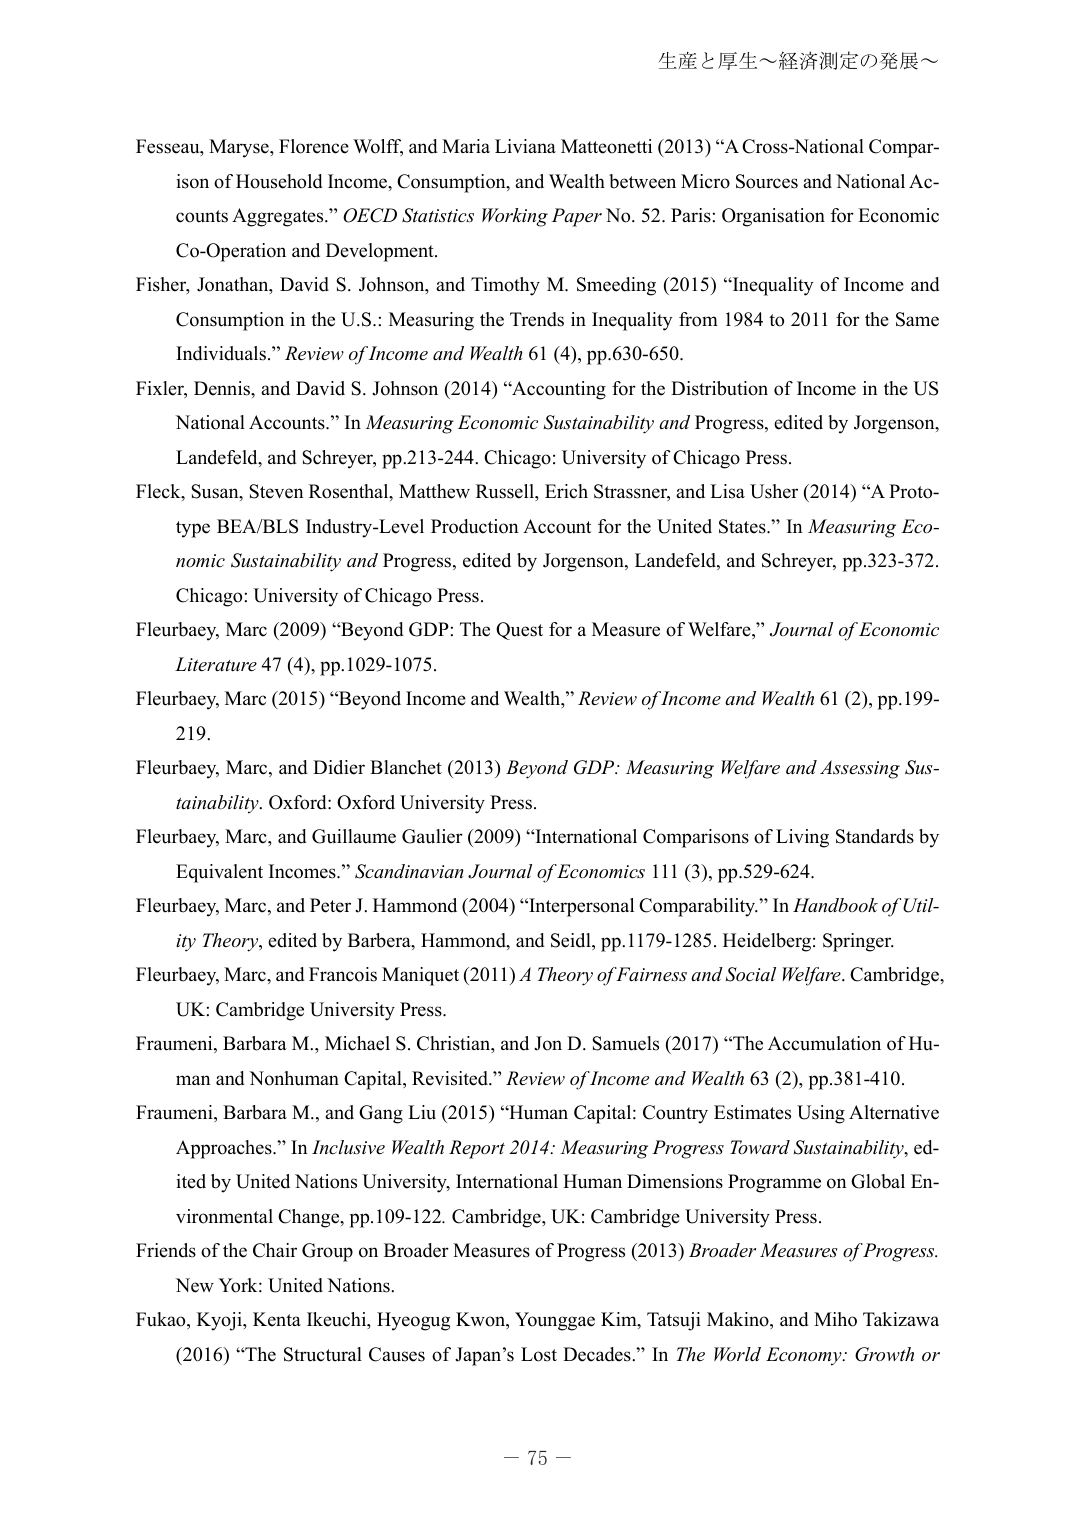
生産と厚生～経済測定の発展～

Fesseau, Maryse, Florence Wolff, and Maria Liviana Matteonetti (2013) “A Cross-National Comparison of Household Income, Consumption, and Wealth between Micro Sources and National Accounts Aggregates.” OECD Statistics Working Paper No. 52. Paris: Organisation for Economic Co-Operation and Development.

Fisher, Jonathan, David S. Johnson, and Timothy M. Smeeding (2015) “Inequality of Income and Consumption in the U.S.: Measuring the Trends in Inequality from 1984 to 2011 for the Same Individuals.” Review of Income and Wealth 61 (4), pp.630-650.

Fixler, Dennis, and David S. Johnson (2014) “Accounting for the Distribution of Income in the US National Accounts.” In Measuring Economic Sustainability and Progress, edited by Jorgenson, Landefeld, and Schreyer, pp.213-244. Chicago: University of Chicago Press.

Fleck, Susan, Steven Rosenthal, Matthew Russell, Erich Strassner, and Lisa Usher (2014) “A Prototype BEA/BLS Industry-Level Production Account for the United States.” In Measuring Economic Sustainability and Progress, edited by Jorgenson, Landefeld, and Schreyer, pp.323-372. Chicago: University of Chicago Press.

Fleurbaey, Marc (2009) “Beyond GDP: The Quest for a Measure of Welfare,” Journal of Economic Literature 47 (4), pp.1029-1075.

Fleurbaey, Marc (2015) “Beyond Income and Wealth,” Review of Income and Wealth 61 (2), pp.199-219.

Fleurbaey, Marc, and Didier Blanchet (2013) Beyond GDP: Measuring Welfare and Assessing Sustainability. Oxford: Oxford University Press.

Fleurbaey, Marc, and Guillaume Gaulier (2009) “International Comparisons of Living Standards by Equivalent Incomes.” Scandinavian Journal of Economics 111 (3), pp.529-624.

Fleurbaey, Marc, and Peter J. Hammond (2004) “Interpersonal Comparability.” In Handbook of Utility Theory, edited by Barbera, Hammond, and Seidl, pp.1179-1285. Heidelberg: Springer.

Fleurbaey, Marc, and Francois Maniquet (2011) A Theory of Fairness and Social Welfare. Cambridge, UK: Cambridge University Press.

Fraumeni, Barbara M., Michael S. Christian, and Jon D. Samuels (2017) “The Accumulation of Human and Nonhuman Capital, Revisited.” Review of Income and Wealth 63 (2), pp.381-410.

Fraumeni, Barbara M., and Gang Liu (2015) “Human Capital: Country Estimates Using Alternative Approaches.” In Inclusive Wealth Report 2014: Measuring Progress Toward Sustainability, edited by United Nations University, International Human Dimensions Programme on Global Environmental Change, pp.109-122. Cambridge, UK: Cambridge University Press.

Friends of the Chair Group on Broader Measures of Progress (2013) Broader Measures of Progress. New York: United Nations.

Fukao, Kyoji, Kenta Ikeuchi, Hyeogug Kwon, Younggae Kim, Tatsui Makino, and Miho Takizawa (2016) “The Structural Causes of Japan’s Lost Decades.” In The World Economy: Growth or

－ 75 －